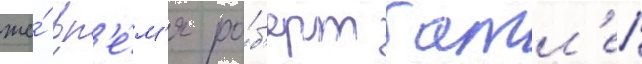
же́ вр'е́м'я ро́б'ерт батл'ер